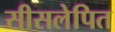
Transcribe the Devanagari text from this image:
सीसलेपित